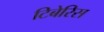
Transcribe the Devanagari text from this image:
टिबेरिस